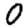
Digit: 0